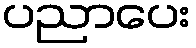
ပညာပေး